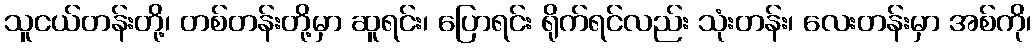
သူငယ်တန်းတို့၊ တစ်တန်းတို့မှာ ဆူရင်း၊ ပြောရင်း ရိုက်ရင်လည်း သုံးတန်း၊ လေးတန်းမှာ အစ်ကို၊